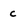
Character: c